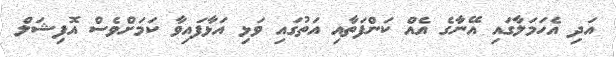
އަދި އެހަމަލާގައި އޭނާގެ އެއް ކަންފަތާއި އަތުގައި ވަޅި އަޅާފައިވާ ކަމަށްވެސް އޮފިޝަލް